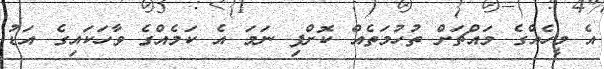
އެ މީހެއްގެ މައްޗަށް ތުހުމަތެއް ކޮށްފި ނަމަ އެ ކަމެއްގެ ވާހަކައިގެ އަޑު